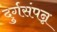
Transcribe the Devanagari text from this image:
दुर्गसंपन्न